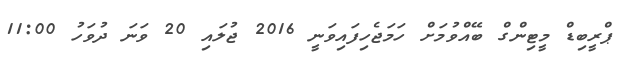
ޕްރީބިޑް މީޓިންގް ބޭއްވުމަށް ހަމަޖެހިފައިވަނީ 2016 ޖުލައި 20 ވަނަ ދުވަހު 11:00